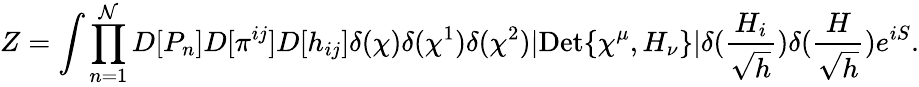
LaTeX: Z=\int\prod_{n=1}^{\mathcal{N}}D[P_{n}]D[\pi^{ij}]D[h_{ij}]\delta(\chi)\delta(\chi^{1})\delta(\chi^{2})|\mathrm{Det}\{ \chi^{\mu},H_{\nu}\} |\delta(\frac{H_{i}}{\sqrt{h}})\delta(\frac{H}{\sqrt{h}})e^{iS}.